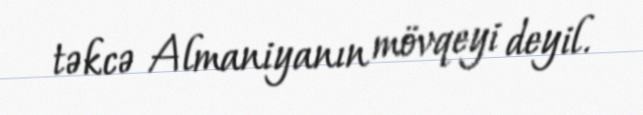
təkcə Almaniyanın mövqeyi deyil.